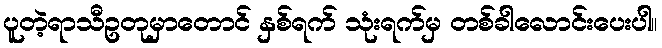
ပူတဲ့ရာသီဥတုမှာတောင် နှစ်ရက် သုံးရက်မှ တစ်ခါလောင်းပေးပါ။